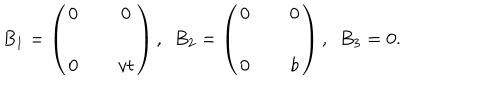
B _ { 1 } = \left( \begin{matrix} { { 0 } } & { { \, } } & { { 0 } } \\ { { \, } } & { { \, } } & { { \, } } \\ { { 0 } } & { { \, } } & { { v t } } \\ \end{matrix} \right) , \, \, \, B _ { 2 } = \left( \begin{matrix} { { 0 } } & { { \, } } & { { 0 } } \\ { { \, } } & { { \, } } & { { \, } } \\ { { 0 } } & { { \, } } & { { b } } \\ \end{matrix} \right) , \, \, \, B _ { 3 } = 0 .